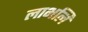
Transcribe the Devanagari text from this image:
लाभलि